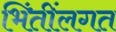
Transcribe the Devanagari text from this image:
भिंतींलगत